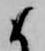
候